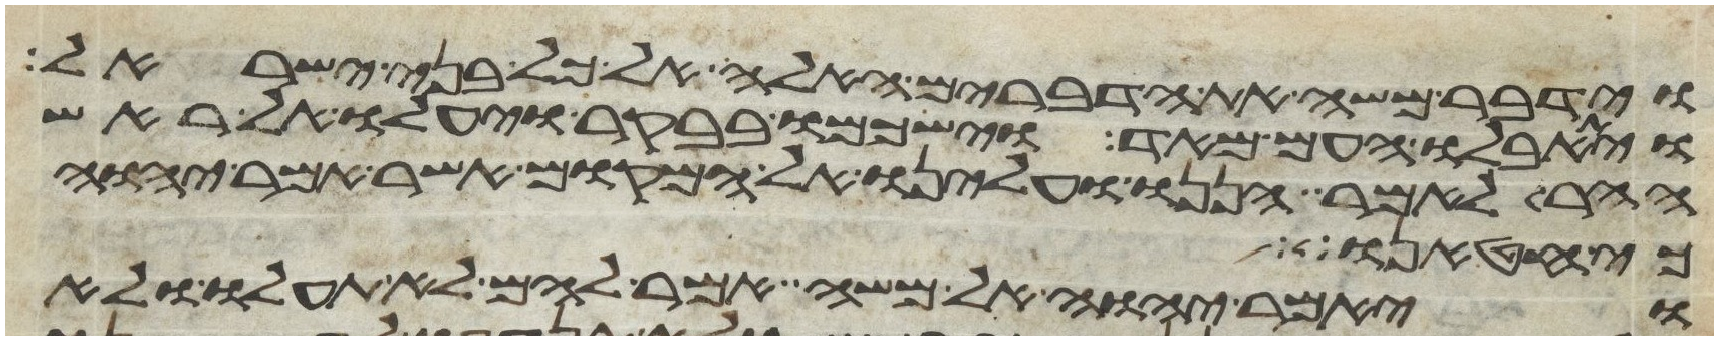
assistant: וידבר משה את הדברים האלה אל כל בני ישראל
ויתאבלו העם מאד וישכמו בבקר ויעלו אל ראש
ההר לאמר הננו ועלינו אל המקום אשר אמר יהוה
כי באנו אל
ויאמר יהוה אל משה אמר להם לא תעלו ולא